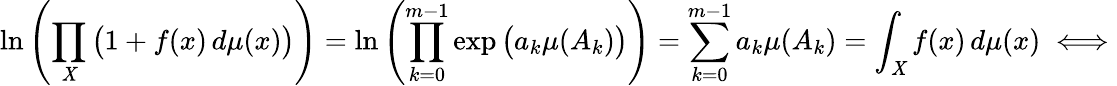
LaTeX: \ln\left(\prod_{\mathit{X}}{\big(}1+f(x)\, d\mu(x){\big)}\right)=\ln\left(\prod_{k=0}^{m-1}\exp{\big(}a_{k}\mu(A_{k}){\big)}\right)=\sum_{k=0}^{m-1}a_{k}\mu(A_{k})=\int_{\mathit{X}}f(x)\, d\mu(x)\iff